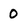
Character: 0